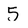
Character: 5